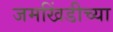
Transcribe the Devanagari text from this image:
जमखिंडीच्या